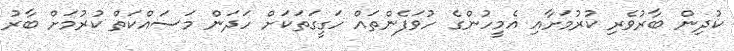
ކުދިން ބާރުވެރި ކުރުމަށާއި އެމީހުންގެ ހުވަފެންތައް ހަގީގަތަކަށް ހަދަން މަސައްކަތް ކުރުމަށް ބާރު